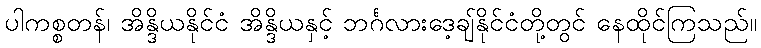
ပါကစ္စတန်၊ အိန္ဒိယနိုင်ငံ အိန္ဒိယနှင့် ဘင်္ဂလားဒေ့ချ်နိုင်ငံတို့တွင် နေထိုင်ကြသည်။